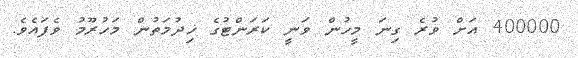
400000 އަށް ވުރެ ގިނަ މީހުން ވަނީ ކަރަންޓުގެ ޚިދުމަތުން މަހުރޫމު ވެފައެވެ.